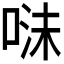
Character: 𭈣